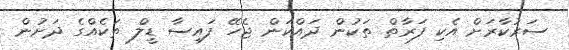
ސަރުކާރަށް އެކި ފަރާތް ތަކުން ދައްކަން ޖެހޭ ފައިސާ ޑީލް ތަކެއްގެ ދަށުން